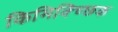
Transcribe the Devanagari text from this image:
किमिक्च्छिक